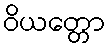
ဝိယတ္တော